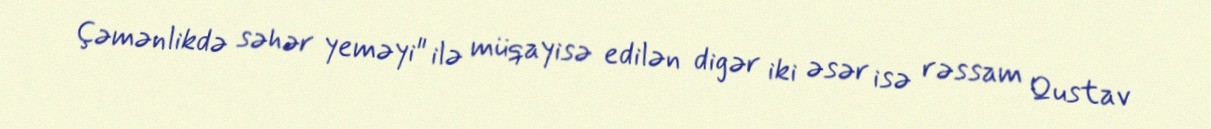
Çəmənlikdə səhər yeməyi" ilə müqayisə edilən digər iki əsər isə rəssam Qustav